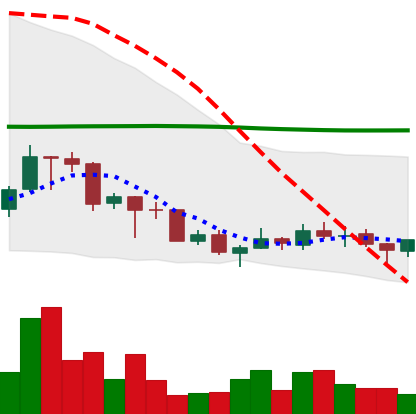
Ticker: TRX-USD
Chart end date: 2018-07-07
Forward return: -15.928%
Label: down_7plus